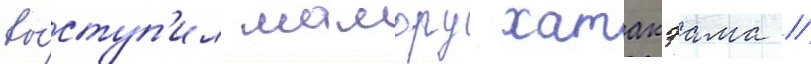
вы́ступ'ил мамору хатакэама /